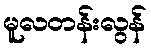
မူလတန်းလွန်